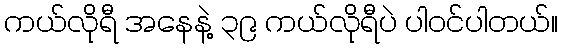
ကယ်လိုရီ အနေနဲ့ ၃၉ ကယ်လိုရီပဲ ပါ၀င်ပါတယ်။